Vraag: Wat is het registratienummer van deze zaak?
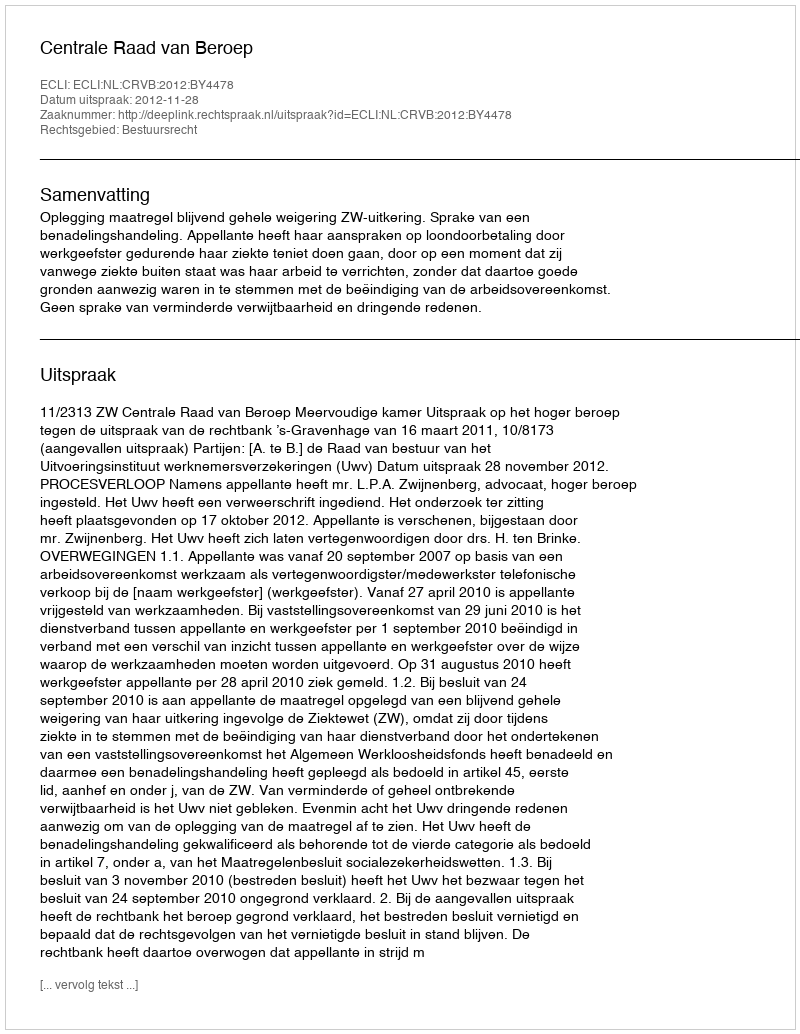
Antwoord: http://deeplink.rechtspraak.nl/uitspraak?id=ECLI:NL:CRVB:2012:BY4478